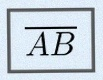
\overline{AB}